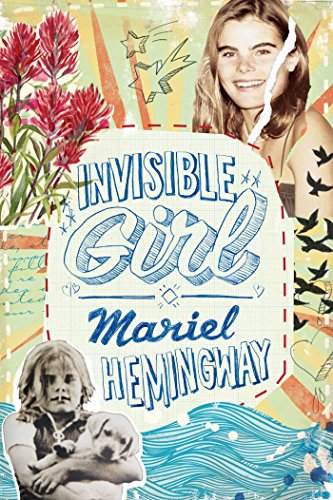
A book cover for Invisible Girl; Mariel Hemingway; Teen & Young Adult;